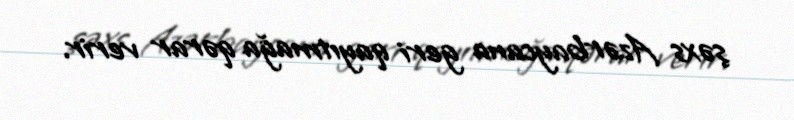
şəxs Azərbaycana geri qayıtmağa qərar verir.